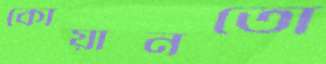
কোয়ানতো